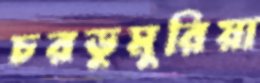
চরডুমুরিয়া